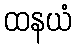
ထနယံ